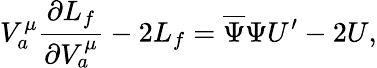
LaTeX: V_{a}^{\mu}\frac{\partial L_{f}}{\partial V_{a}^{\mu}}-2L_{f}=\overline{{{\Psi}}}\Psi U^{\prime}-2U,